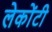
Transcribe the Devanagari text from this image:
लेकोंटी